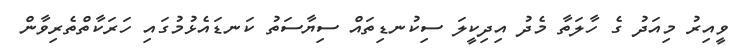
ވީއިރު މިއަދު ގެ ހާލަތާ މެދު އިދިކީލަ ސިކުނޑިތައް ސިޔާސަތު ކަނޑައެޅުމުގައި ހަރަކާތްތެރިވާން